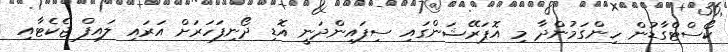
ކޯސްޓްގާޑުން ހިންގަމުންދާ މި އޮޕަރޭޝަންގައި ސިފައިންދަނީ އޮޑި ދޯނިފަހަރަށް އަރައި ލައިފް ޖެކެޓާއި